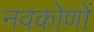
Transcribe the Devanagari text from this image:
नवकोणों